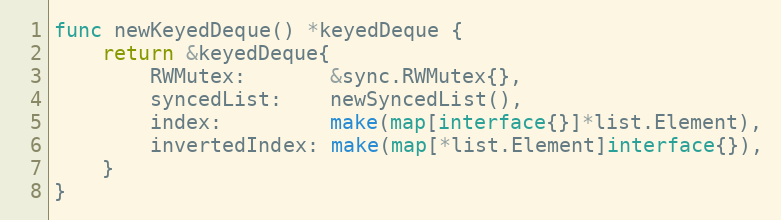
Language: Go
func newKeyedDeque() *keyedDeque {
	return &keyedDeque{
		RWMutex:       &sync.RWMutex{},
		syncedList:    newSyncedList(),
		index:         make(map[interface{}]*list.Element),
		invertedIndex: make(map[*list.Element]interface{}),
	}
}